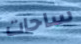
ساحات